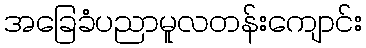
အခြေခံပညာမူလတန်းကျောင်း